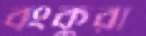
বংকুরা